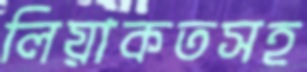
লিয়াকতসহ